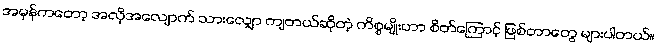
အမှန်ကတော့ အလိုအလျောက် သားလျှော ကျတယ်ဆိုတဲ့ ကိစ္စမျိုးဟာ စိတ်ကြောင့် ဖြစ်တာတွေ များပါတယ်။